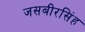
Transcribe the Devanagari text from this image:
जसबीरसिंह